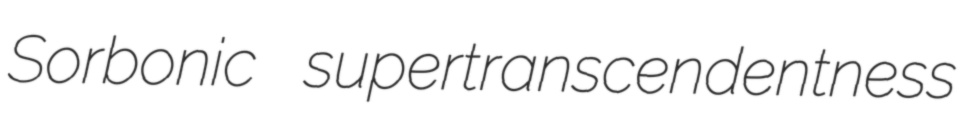
Sorbonic supertranscendentness